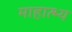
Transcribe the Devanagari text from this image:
माहात्भ्य